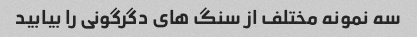
سه نمونه مختلف از سنگ های دگرگونی را بیابید